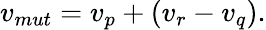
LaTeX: {}v_{mut}=v_{p}+(v_{r}-v_{q}).